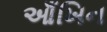
આઁખિન